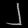
Digit: ၂